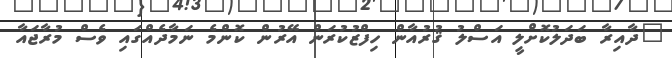
"ދާއިރާ ބަދަލުކޮށްލީ އަސްލު ޤުރުއާން ހިފްޒުކުރަން އޭރުން ކޮންމެ ނަމާދެއްގައި ވެސް މުރާޖައާ